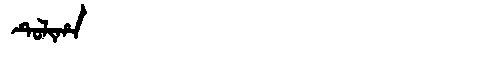
Manchu: ᡨᡠᠯᡳᡥᠠ
Romanization: TULIHA